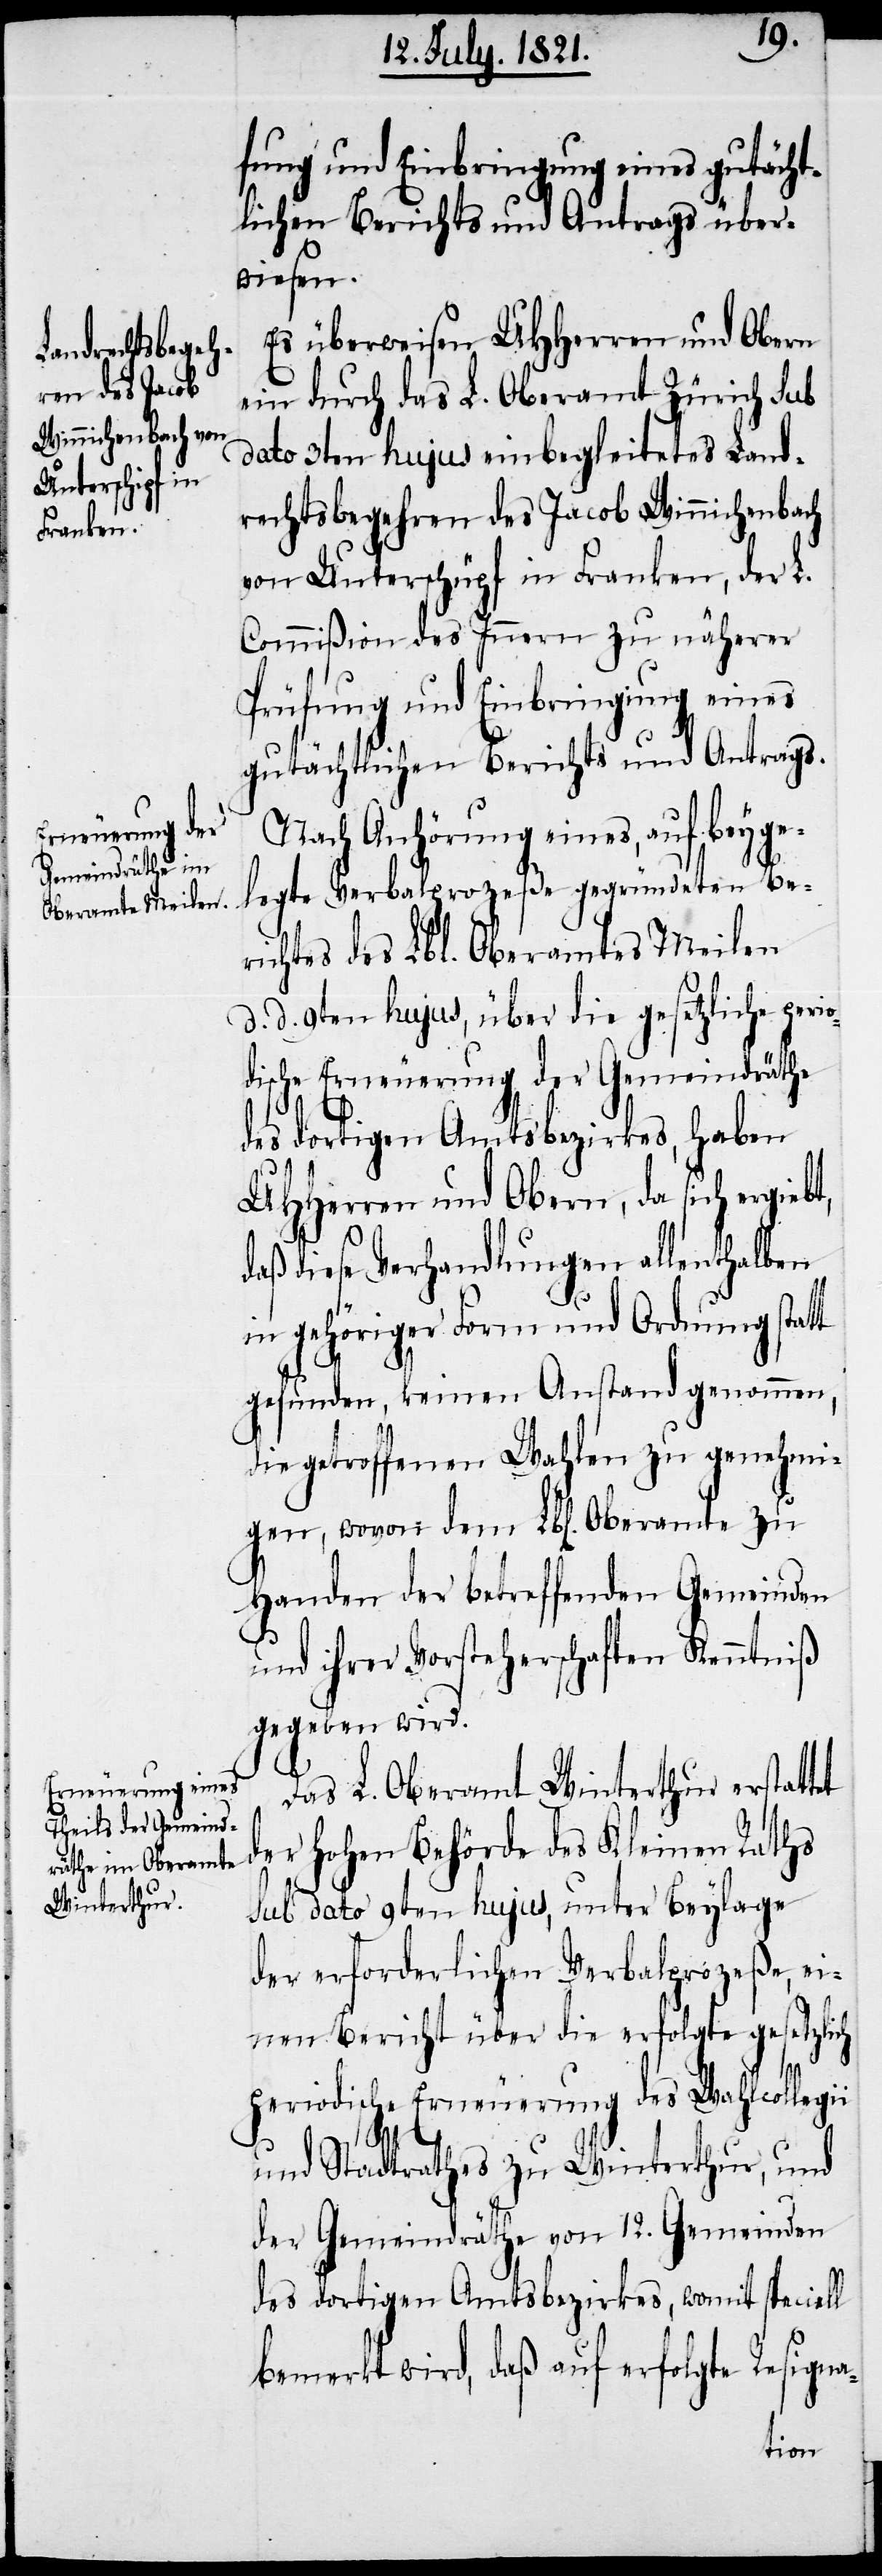
fung und Einbringung eines gutächt¬
lichen Berichts und Antrags über¬
wiesen.
Es überweisen UHHerren und Obern
ein durch das L. Oberamt Zürich sub
dato 3ten hujus einbegleitetes Land¬
rechtsbegehren des Jacob Winnichenbach
von Unterschüpf in Franken, der L.
Commißion des Innern zu näherer
Prüfung und Einbringung eines
gutächtlichen Berichts und Antrags.
Nach Anhörung eines, auf beyge¬
legte Verbalprozeße gegründeten Be¬
richtes des Lbl. Oberamtes Meilen
d. d. 9ten hujus, über die gesetzliche pro¬
ische Erneuerung der Gemeindräthe
des dortigen Amtsbezirkes, haben
UHHerren und Obern, da sich ergiebt,
daß diese Verhandlungen allenthalben
in gehöriger Form und Ordnung statt
gefunden, keinen Anstand genommen,
die getroffenen Wahlen zu genehmi¬
gen, wovon dem Lbl. Oberamte zu
Handen der betreffenden Gemeinden
und ihrer Vorsteherschaften Kenntniß
gegeben wird.
Das L. Oberamt Winterthur erstattet
r hohen Behörde des Kleinen Raths
de¬
sub dato 9ten hujus, unter Beylage
der erforderlichen Verbalprozeße, ei¬
nen Bericht über die erfolgte gesetzli¬
ch
periodische Erneuerung des Wahlcollegii
und Stadtrathes zu Winterthur, und
der Gemeindräthe von 12. Gemeinden
des dortigen Amtsbezirkes, womit speciell
bemerkt wird, daß auf erfolgte Resigna-
visor¬